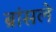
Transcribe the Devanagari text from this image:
ब्रांसले